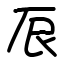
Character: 𫝕